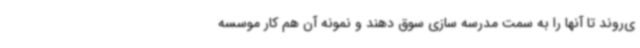
ی‌روند تا آنها را به سمت مدرسه سازی سوق دهند و نمونه آن هم کار موسسه